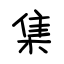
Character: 集